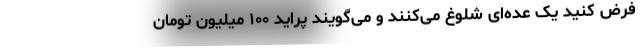
فرض کنید یک عده‌ای شلوغ می‌کنند و می‌گویند پراید ۱۰۰ میلیون تومان